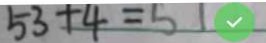
5 3 + 4 = 5 1